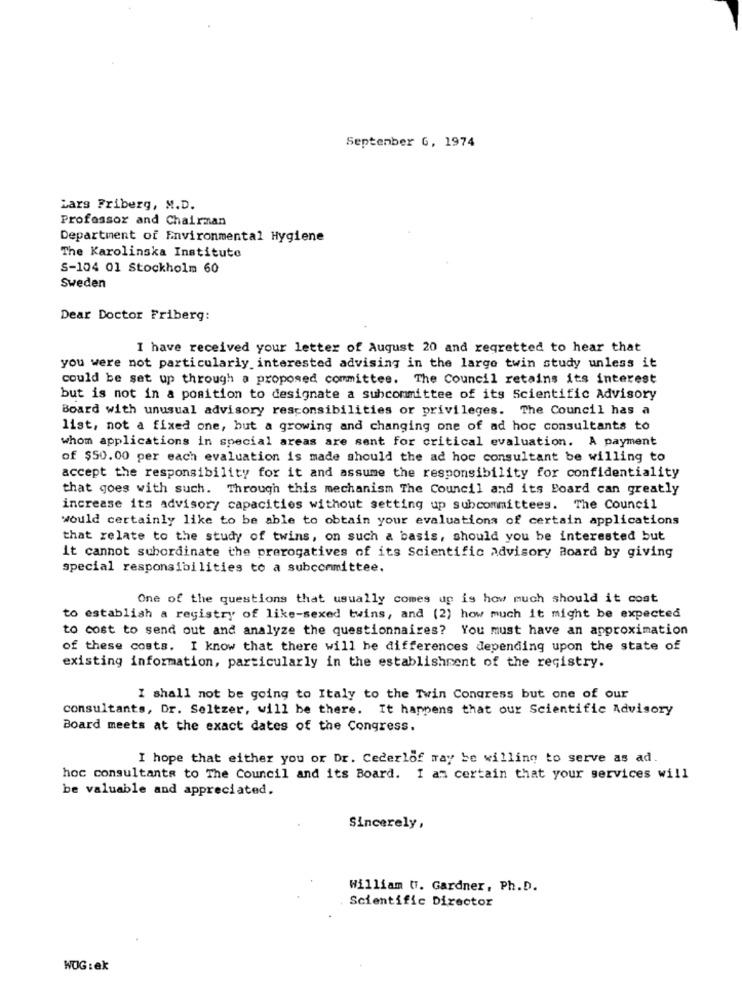
September 6, 1974
Lars Friberg, M.D.
Professor and Chairman
Department of Environmental Hygiene
The Karolinska Institute
S-104 01 Stockholm 60
Sweden
Dear Doctor Friberg:
I have received your letter of August 20 and regretted to hear that
you were not particularly interested advising in the large twin study unless it
could be set up through a proposed committee. The Council retains its interest
but is not in a position to designate a subcommittee of its Scientific Advisory
Board with unusual advisory responsibilities or privileges. The Council has a
list, not a fixed one, but a growing and changing one of ad hoc consultants to
whom applications in special areas are sent for critical evaluation. A payment
of $50.00 per each evaluation is made should the ad hoc consultant be willing to
accept the responsibility for it and assume the responsibility for confidentiality
that goes with such. Through this mechanism The Council and its Board can greatly
increase its advisory capacities without setting up subcommittees. The Council
would certainly like to be able to obtain your evaluations of certain applications
that relate to the study of twins, on such a basis, should you be interested but
it cannot subordinate the prerogatives of its Scientific advisory Board by giving
special responsibilities to a subcommittee.
One of the questions that usually comes up is how much should it cost
o establish a registry of like-sexed twins, and (2) how much it might be expected
to cost to send out and analyze the questionnaires? You must have an approximation
of these costs. I know that there will be differences depending upon the state of
existing information, particularly in the establishment of the registry.
I shall not be going to Italy to the Twin Congress but one of our
consultants, Dr. Seltzer, will be there. It happens that our Scientific Advisory
Board meets at the exact dates of the Congress.
I hope that either you or Dr. Cederlof may be willing to serve as ad.
hoc consultants to The Council and its Board. I am certain that your services will
be valuable and appreciated.
Sincerely,
William W. Gardner, Ph.D.
Scientific Director
WOG : ek